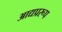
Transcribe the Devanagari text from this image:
आद्यप्ररूप